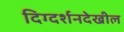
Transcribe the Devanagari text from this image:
दिग्दर्शनदेखील